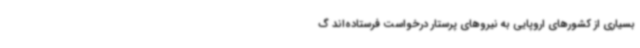
بسیاری از کشورهای اروپایی به نیروهای پرستار درخواست فرستاده‌اند گ